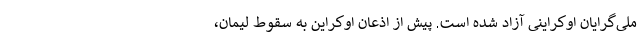
ملی‌گرایان اوکراینی آزاد شده است. پیش از اذعان اوکراین به سقوط لیمان،